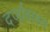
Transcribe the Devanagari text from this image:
दर्जाबाबत